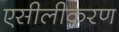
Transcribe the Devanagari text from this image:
एसीलीकरण